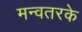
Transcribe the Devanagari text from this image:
मन्वतरके